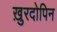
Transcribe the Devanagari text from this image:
ख़ुरदोपिन